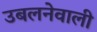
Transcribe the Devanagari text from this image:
उबलनेवाली